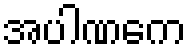
အပါဏကေ